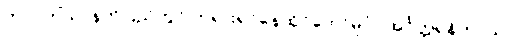
တာဝတိံသာနတ်ပြည်တွင် ဘုရားရှင်နေထိုင်တော်မူပုံ။ အင်္ဂုတ္တရနိကာယ